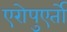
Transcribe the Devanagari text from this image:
एरोपुएर्तो